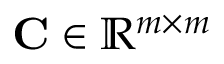
\mathbf { C } \in \mathbb { R } ^ { m \times m }